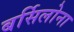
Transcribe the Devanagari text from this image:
बर्सिलोना